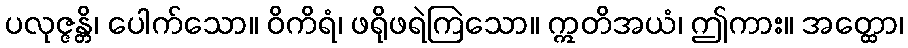
ပလုဇ္ဇန္တိ၊ ပေါက်သော။ ဝိကိရံ၊ ဖရိုဖရဲကြဲသော။ ဣတိအယံ၊ ဤကား။ အတ္ထော၊